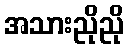
အသားညိုညို